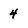
Character: 4